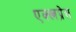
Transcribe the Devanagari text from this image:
एक्स्त्रप्रेस